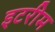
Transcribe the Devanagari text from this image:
इटरीम